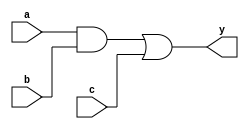
module combinational_logic (
    input wire a,
    input wire b,
    input wire c,
    output reg y
);

always @ (a, b, c) begin
    // Combinational logic using blocking assignments
    y = a & b;       // Example operation: AND
    y = y | c;      // Example operation: OR with another input
end

endmodule